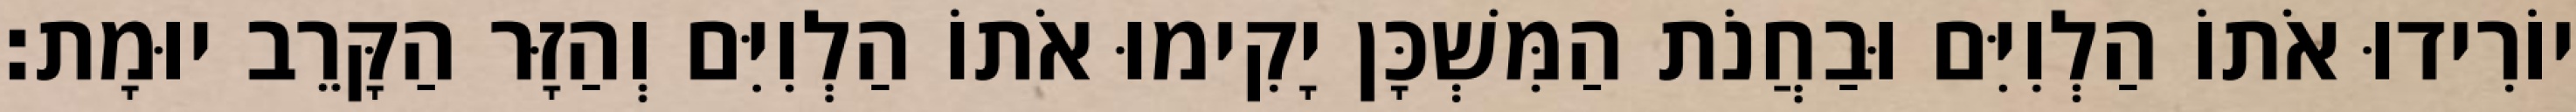
יוֹרִידוּ אֹתוֹ הַלְוִיִּם וּבַחֲנֹת הַמִּשְׁכָּן יָקִימוּ אֹתוֹ הַלְוִיִּם וְהַזָּר הַקָּרֵב יוּמָת׃